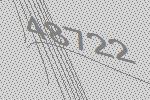
48722